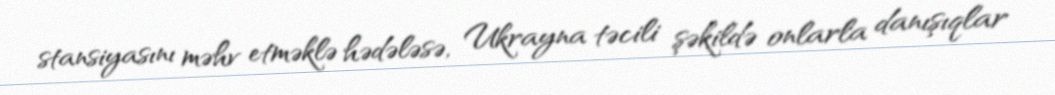
stansiyasını məhv etməklə hədələsə, Ukrayna təcili şəkildə onlarla danışıqlar